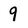
Character: 9